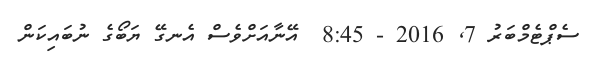
ސެޕްޓެމްބަރު 7